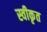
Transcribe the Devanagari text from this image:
स्वीकृत